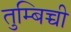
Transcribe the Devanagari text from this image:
तुम्बिच्ची